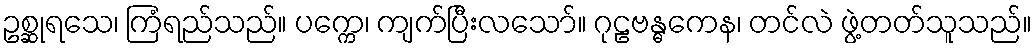
ဥစ္ဆုရသေ၊ ကြံရည်သည်။ ပက္ကေ၊ ကျက်ပြီးလသော်။ ဂုဠဗန္ဓကေန၊ တင်လဲ ဖွဲ့တတ်သူသည်။